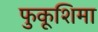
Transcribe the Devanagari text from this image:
फुकूशिमा